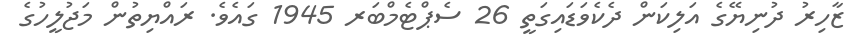
ޒާހިރު ދުނިޔޭގެ އަލިކަން ދެކެވަޑައިގަތީ 26 ސެޕްޓެމްބަރ 1945 ގައެވެ. ރައްޔިތުން މަޖުލީހުގެ